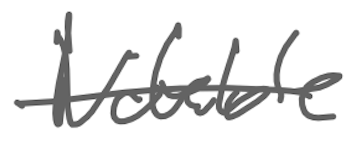
Text: Notable
Cross-out: single-line
Writing tool: digital_gray